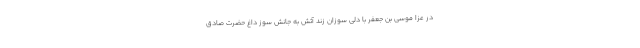
در عزا موسى بن جعفر با دلى سوزان زند آتش به جانش سوز داغ حضرت صادق